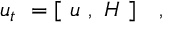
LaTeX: u _ { t } \ = [ \ u \ , \ H \ ] \ \ \ ,